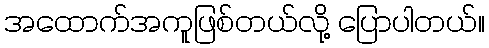
အထောက်အကူဖြစ်တယ်လို့ ပြောပါတယ်။